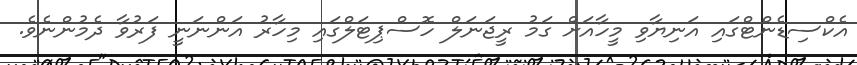
އެކްސިޑެންޓްގައި އަނިޔާވި މީހާއަށް ގަމު ރީޖަނަލް ހޮސްޕިޓަލްގައި މިހާރު އަންނަނީ ފަރުވާ ދެމުންނެވެ.